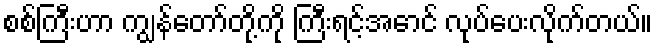
စစ်ကြီးဟာ ကျွန်တော်တို့ကို ကြီးရင့်အောင် လုပ်ပေးလိုက်တယ်။